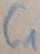
Text: C1